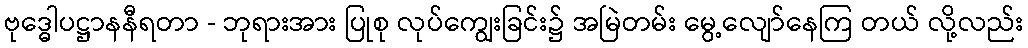
ဗုဒ္ဓေါပဋ္ဌာနနီရတာ - ဘုရားအား ပြုစု လုပ်ကျွေးခြင်း၌ အမြဲတမ်း မွေ့လျော်နေကြ တယ် လို့လည်း